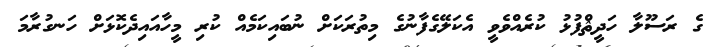
ގެ ރަސޫލާ ހަދީޘްފުޅު ކުރެއްވެވީ އެކަލޭގެފާނުގެ މިތުރަކަށް ނުބައިކަމެއް ކުރި މީހާއައިދެކޮޅަށް ހަނގުރާމަ